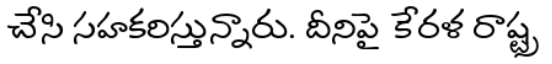
చేసి సహకరిస్తున్నారు. దీనిపై కేరళ రాష్ట్ర